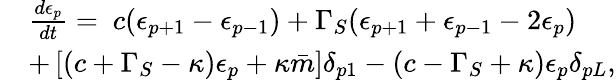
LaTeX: \begin{array}{rl}&{\frac{d\epsilon_{p}}{dt}=\ c(\epsilon_{p+1}-\epsilon_{p-1})+\Gamma_{S}(\epsilon_{p+1}+\epsilon_{p-1}-2\epsilon_{p})}\\ &{+\left[\left(c+\Gamma_{S}-\kappa\right)\epsilon_{p}+\kappa\bar{m}\right]\delta_{p1}-\left(c-\Gamma_{S}+\kappa\right)\epsilon_{p}\delta_{pL},}\end{array}